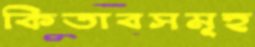
কিতাবসমূহ